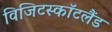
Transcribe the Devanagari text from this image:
विजिटस्कॉटलैंड